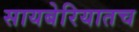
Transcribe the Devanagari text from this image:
सायबेरियातच